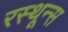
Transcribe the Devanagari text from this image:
रस्थून्स